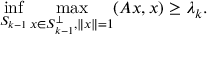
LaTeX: \operatorname* { i n f } _ { S _ { k - 1 } } \operatorname* { m a x } _ { x \in S _ { k - 1 } ^ { \perp } , \| x \| = 1 } ( A x , x ) \geq \lambda _ { k } .